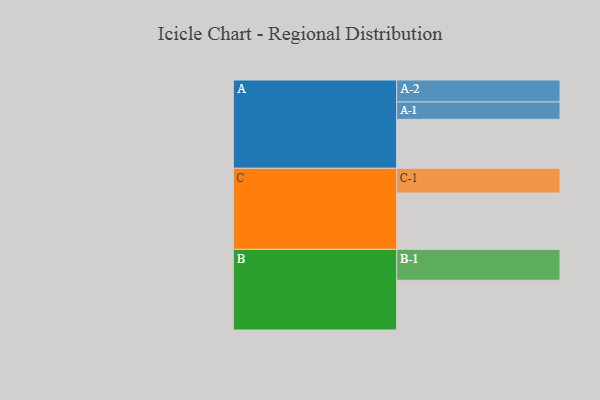
{"axis": {"x": "Segment", "y": "Value"}, "legend": ["", "A", "B", "C"], "data": [{"x": "A", "y": 441, "type": ""}, {"x": "B", "y": 448, "type": ""}, {"x": "C", "y": 507, "type": ""}, {"x": "A-1", "y": 156, "type": "A"}, {"x": "A-2", "y": 198, "type": "A"}, {"x": "B-1", "y": 278, "type": "B"}, {"x": "C-1", "y": 223, "type": "C"}]}